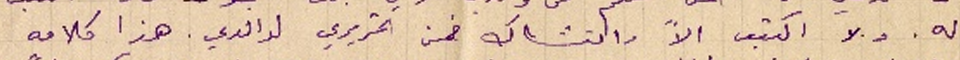
له. ولا اكتب الاَّ والتشاك ضمن تحريري لوالدي. هذا كلامه